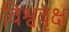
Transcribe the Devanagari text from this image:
विश्ववृक्ष